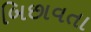
બિછાવતા